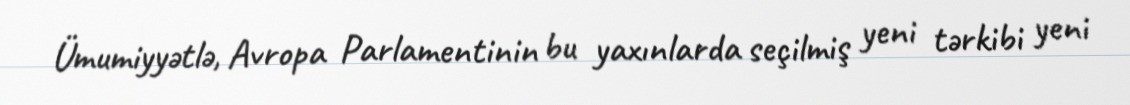
Ümumiyyətlə, Avropa Parlamentinin bu yaxınlarda seçilmiş yeni tərkibi yeni